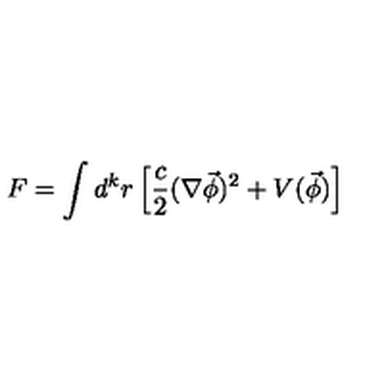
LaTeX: F = \int d ^ { k } r \left[ \frac c 2 ( \nabla \vec { \phi } ) ^ { 2 } + V ( \vec { \phi } ) \right]